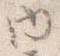
内